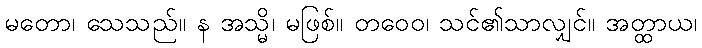
မတော၊ သေသည်။ န အသ္မိ၊ မဖြစ်။ တဝေဝ၊ သင်၏သာလျှင်။ အတ္ထာယ၊